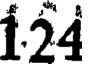
1.24